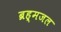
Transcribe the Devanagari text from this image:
ब्रह्मजल